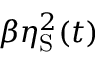
\beta \eta _ { \mathrm { S } } ^ { 2 } ( t )